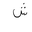
Letter: _shin